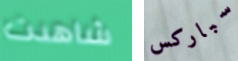
شاهدت سباركس